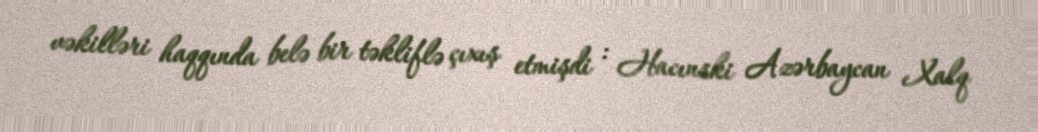
vəkilləri haqqında belə bir təkliflə çıxış etmişdi : Hacınski Azərbaycan Xalq